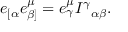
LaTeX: e _ { [ \alpha } e _ { \beta ] } ^ { \mu } = e _ { \gamma } ^ { \mu } I ^ { \gamma } { } _ { \alpha \beta } .